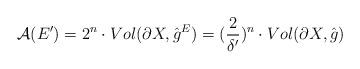
LaTeX: \begin{align*} \mathcal{A}(E')=2^n\cdot Vol(\partial X,\hat{g}^E)=(\frac{2}{\delta'})^n\cdot Vol(\partial X,\hat{g})\end{align*}